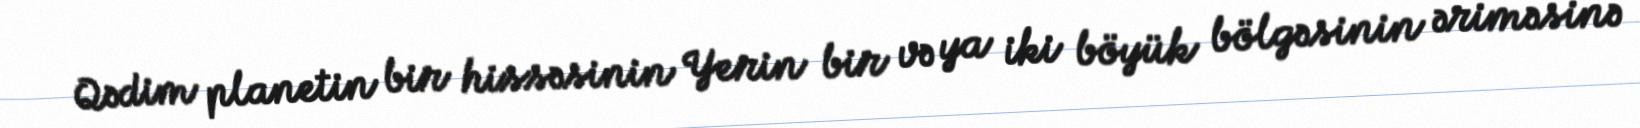
Qədim planetin bir hissəsinin Yerin bir və ya iki böyük bölgəsinin əriməsinə